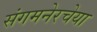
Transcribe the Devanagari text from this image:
संगमनेरचेया